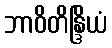
ဘာဝိတိန္ဒြိယံ